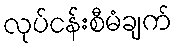
လုပ်ငန်းစီမံချက်